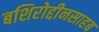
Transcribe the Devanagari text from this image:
बशिरोद्दीनसाहब